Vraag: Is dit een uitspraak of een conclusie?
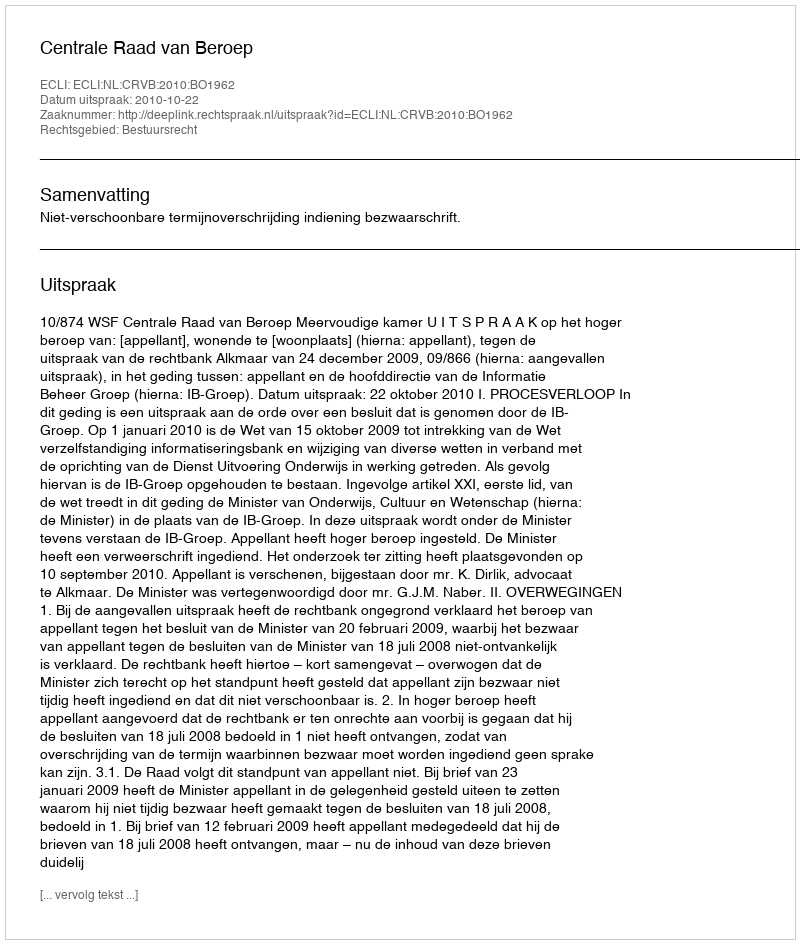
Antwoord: Uitspraak